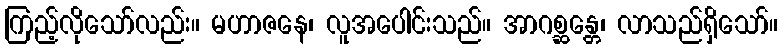
ကြည့်လိုသော်လည်း။ မဟာဇနေ၊ လူအပေါင်းသည်။ အာဂစ္ဆန္တေ၊ လာသည်ရှိသော်။